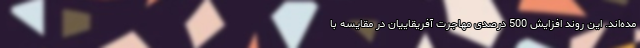
مده‌اند. این روند افزایش 500 درصدی مهاجرت آفریقاییان در مقایسه با